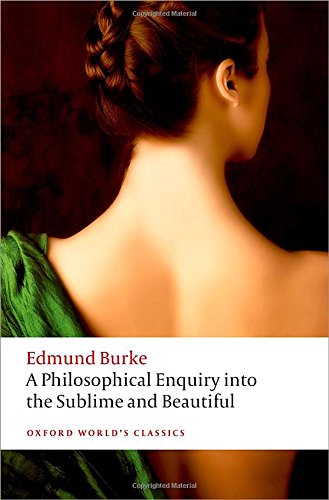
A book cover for A Philosophical Enquiry Into the Origin of Our Ideas of the Sublime and Beautiful (Oxford World's Classics); Edmund Burke; Politics & Social Sciences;